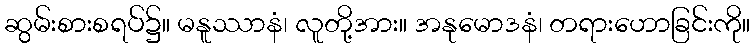
ဆွမ်းစားစရပ်၌။ မနူဿာနံ၊ လူတို့အား။ အနုမောဒနံ၊ တရားဟောခြင်းကို။